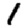
Digit: 1